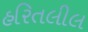
હરિતલીલ